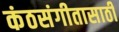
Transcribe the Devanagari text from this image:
कंठसंगीतासाठी